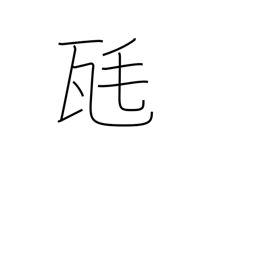
Meaning: milligram